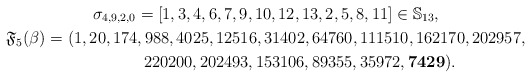
\begin{gather*}\sigma_{4,9,2,0} = [1,3,4,6,7,9,10,12,13,2,5,8,11] \in \mathbb{S}_{13},\\\mathfrak{F}_5(\beta)= (1,20,174,988,4025,12516,31402,64760,111510,162170,202957,\\\hphantom{\mathfrak{F}_5(\beta)= (}{} 220200,202493,153106,89355,35972,{\bf 7429}).\end{gather*}